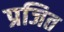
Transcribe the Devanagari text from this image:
प्रजित